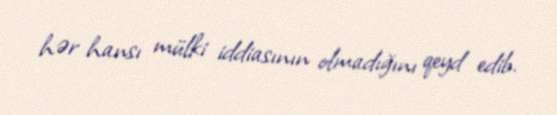
hər hansı mülki iddiasının olmadığını qeyd edib.